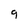
Character: g